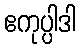
ဧကုပ္ပါဒါ